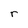
Character: r